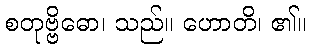
စတုဗ္ဗိဓော၊ သည်။ ဟောတိ၊ ၏။